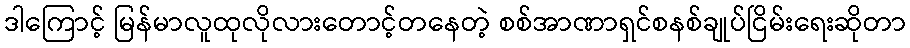
ဒါကြောင့် မြန်မာလူထုလိုလားတောင့်တနေတဲ့ စစ်အာဏာရှင်စနစ်ချုပ်ငြိမ်းရေးဆိုတာ